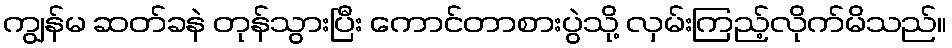
ကျွန်မ ဆတ်ခနဲ တုန်သွားပြီး ကောင်တာစားပွဲသို့ လှမ်းကြည့်လိုက်မိသည်။